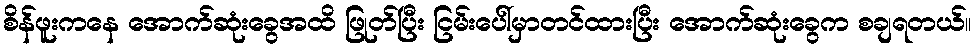
စိန်ဖူးကနေ အောက်ဆုံးခွေအထိ ဖြုတ်ပြီး ငြမ်းပေါ်မှာတင်ထားပြီး အောက်ဆုံးခွေက စချရတယ်။